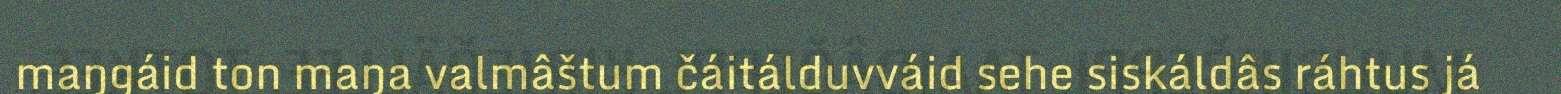
maŋgáid ton maŋa valmâštum čáitálduvváid sehe siskáldâs ráhtus já